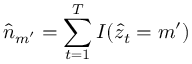
\hat { n } _ { m ^ { \prime } } = \sum _ { t = 1 } ^ { T } I ( \hat { z } _ { t } = m ^ { \prime } )